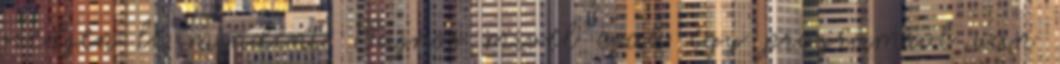
szedjen le mindent. Sajnos mivel csak egy programrol van